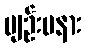
ပျဉ်းမနား